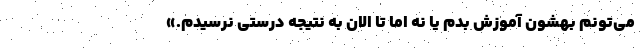
می‌تونم بهشون آموزش بدم یا نه اما تا الان به نتیجه درستی نرسیدم.»